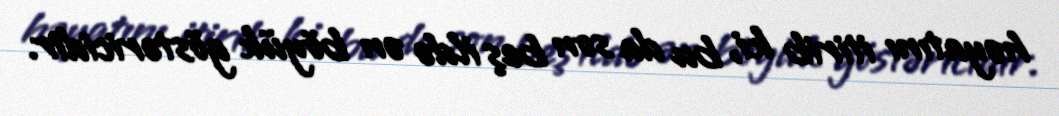
həyatını itirib ki, bu da son beş ildə ən böyük göstəricidir.